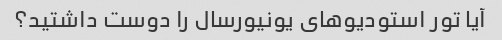
آیا تور استودیوهای یونیورسال را دوست داشتید؟